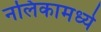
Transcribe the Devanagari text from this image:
नलिकामध्ये